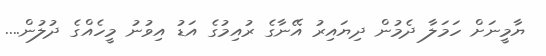
ޔާމީނަށް ހަމަލާ ދެމުން ދިޔައިރު އޭނާގެ ރުއިމުގެ އަޑު އިވުނު މީހެއްގެ ދުލުން....